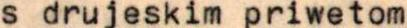
s drujeskim priwetom